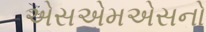
એસએમએસનો